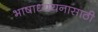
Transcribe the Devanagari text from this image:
भाषाध्ययनासाठी